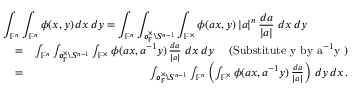
\begin{array} { r l r } { \lefteqn { \int _ { \mathbb { F } ^ { n } } \int _ { \mathbb { F } ^ { n } } \phi ( x , y ) \, d x \, d y = \int _ { \mathbb { F } ^ { n } } \int _ { \mathfrak o _ { \mathbb { F } } ^ { \times } \backslash S ^ { n - 1 } } \int _ { \mathbb { F } ^ { \times } } \phi ( a x , y ) \, | a | ^ { n } \, \frac { d a } { | a | } \, \, d x \, d y } } \\ & { = } & { \int _ { \mathbb { F } ^ { n } } \int _ { \mathfrak o _ { \mathbb { F } } ^ { \times } \backslash S ^ { n - 1 } } \int _ { \mathbb { F } ^ { \times } } \phi ( a x , a ^ { - 1 } y ) \, \frac { d a } { | a | } \, \, d x \, d y \quad \mathrm { ~ ( S u b s t i t u t e ~ y ~ b y ~ a ^ { - 1 } y ~ ) } } \\ & { = } & { \int _ { \mathfrak o _ { \mathbb { F } } ^ { \times } \backslash S ^ { n - 1 } } \int _ { \mathbb { F } ^ { n } } \left( \int _ { \mathbb { F } ^ { \times } } \phi ( a x , a ^ { - 1 } y ) \, \frac { d a } { | a | } \right) \, d y \, d x \, . } \end{array}